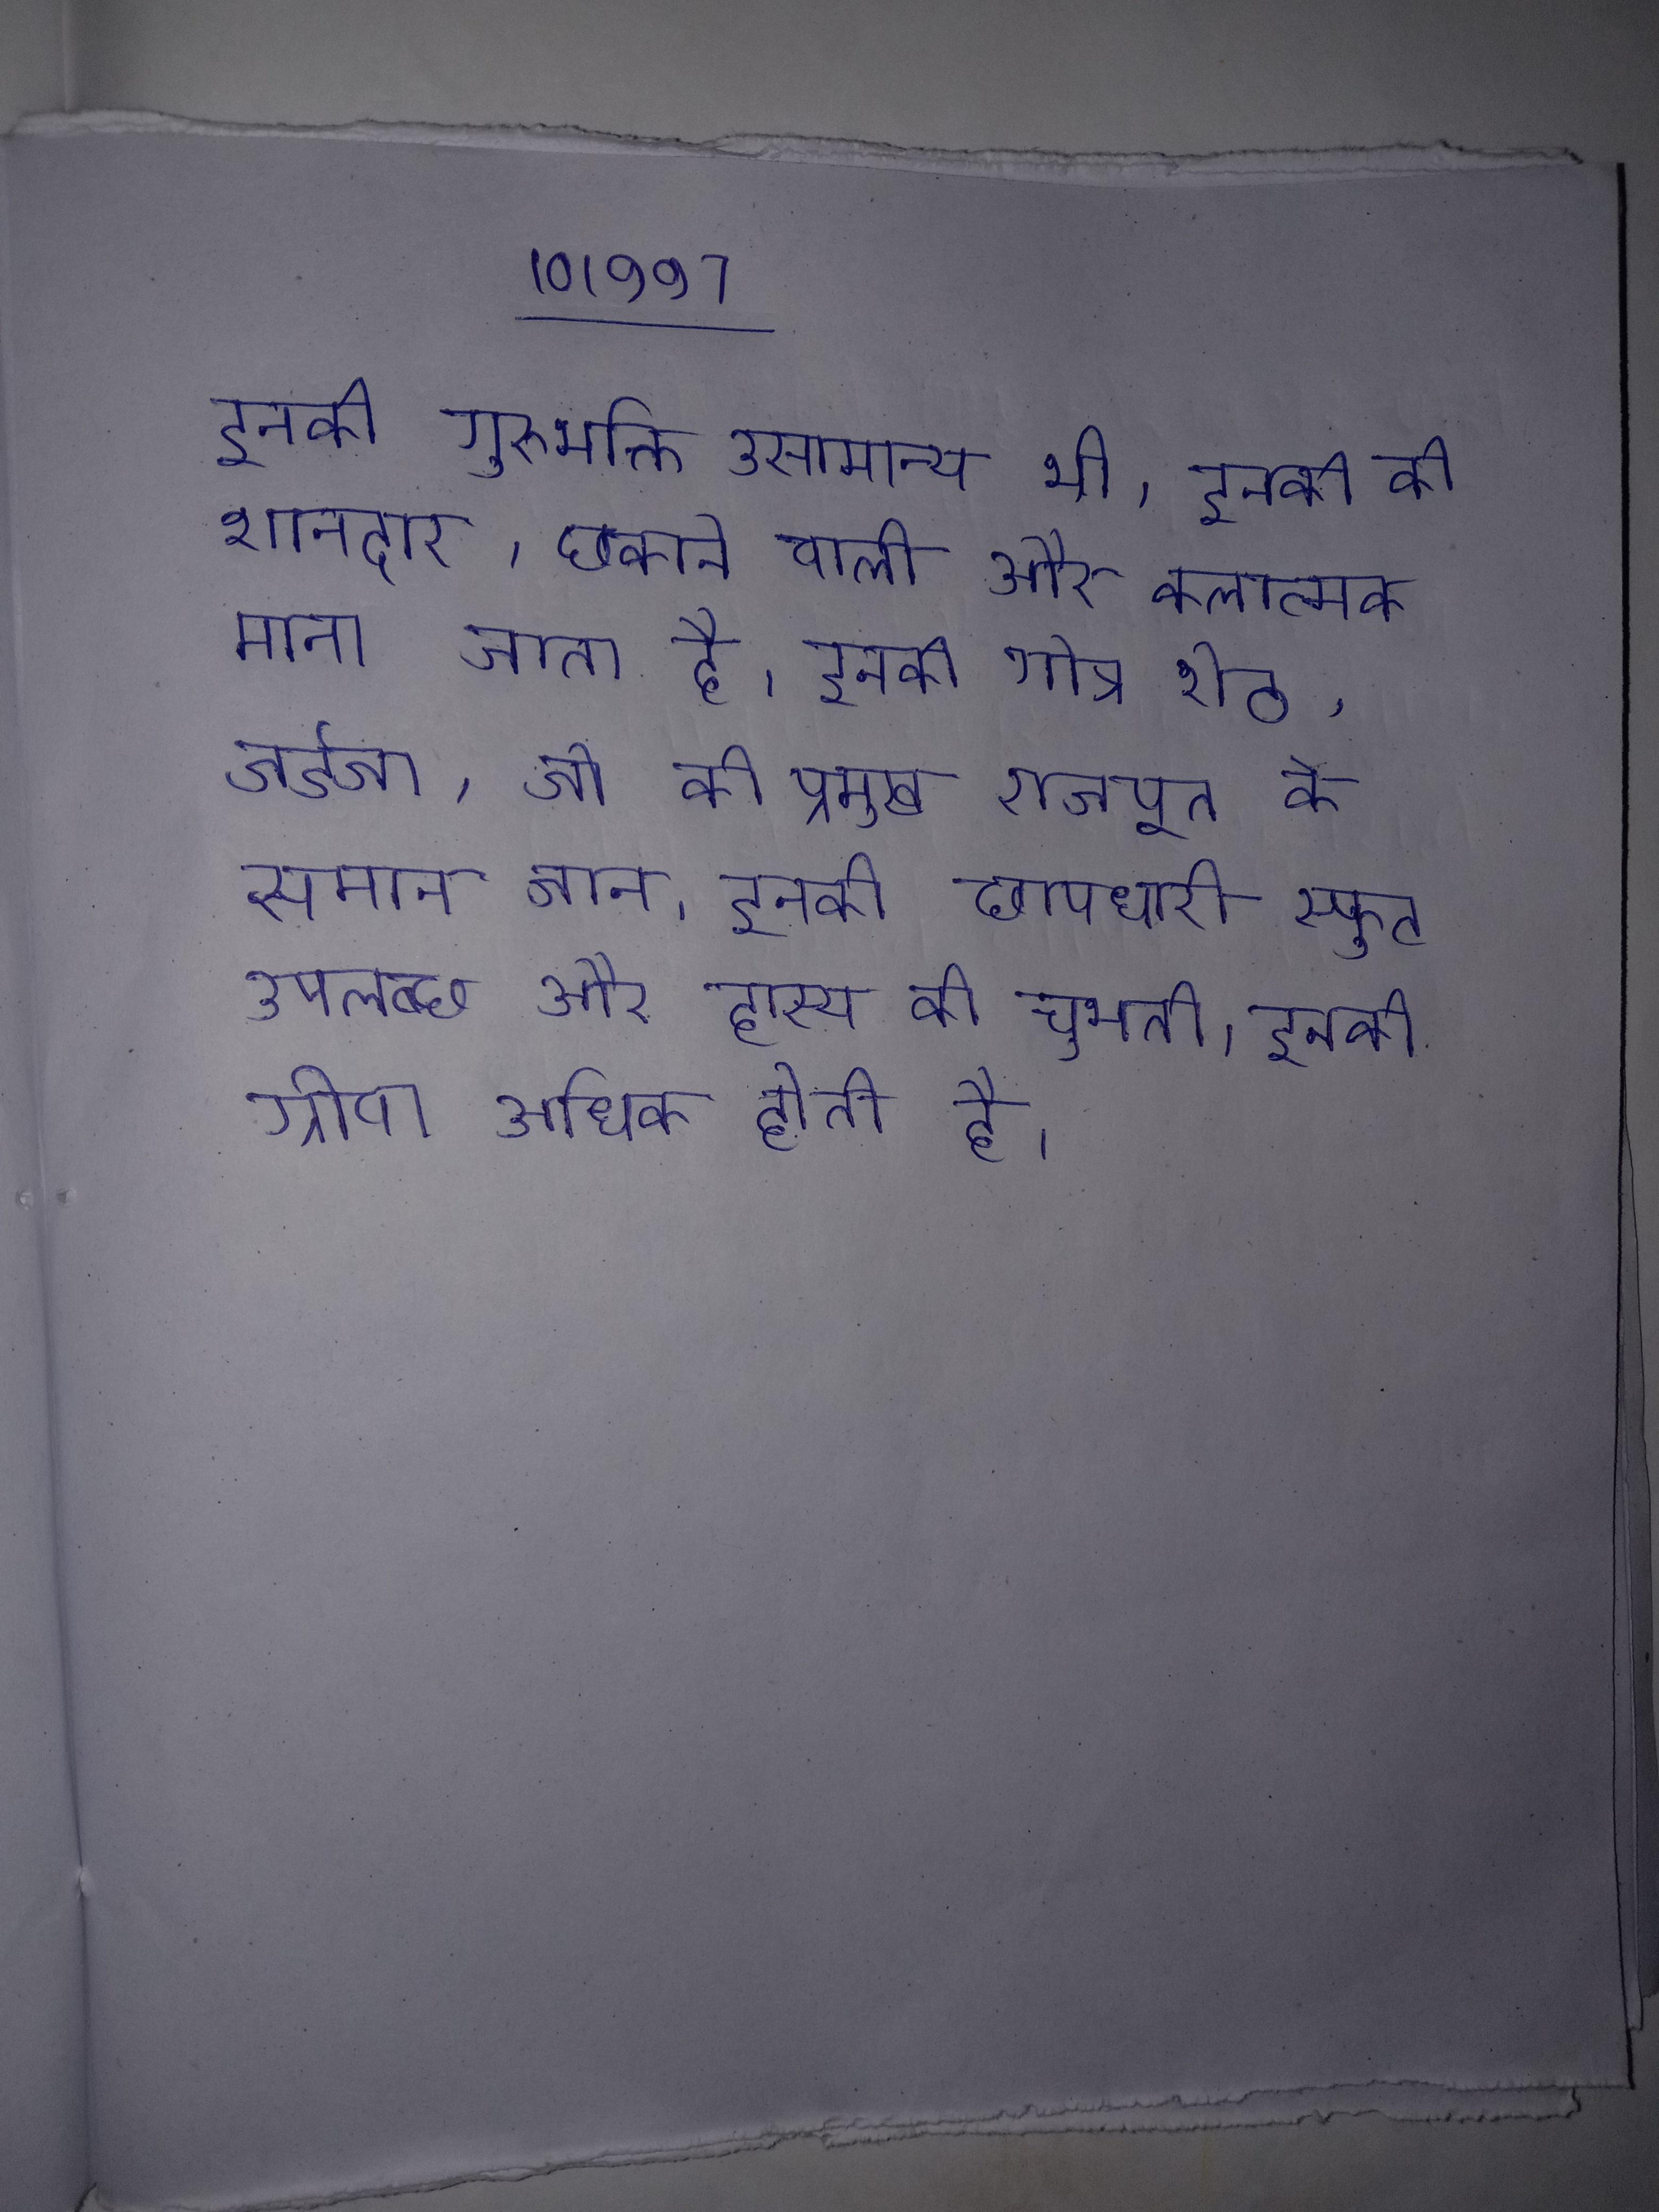
इनकी गुरुभक्ति असामान्य थी । इनकी को शानदार, छकाने वाली और कलात्मक माना जाता है । इनकी गोत्र शेठ, जडेजा, जो की प्रमुख राजपूत के समान जान । इनकी छापधारी स्फुट उपलब्ध और हास्य की चुभती । इनकी ग्रीवा अधिक होती है ।